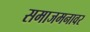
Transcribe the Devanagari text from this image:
समाजमनावर